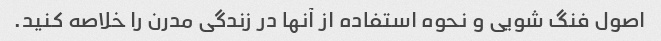
اصول فنگ شویی و نحوه استفاده از آنها در زندگی مدرن را خلاصه کنید.